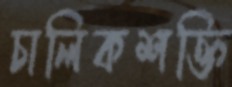
চালিকশক্তি